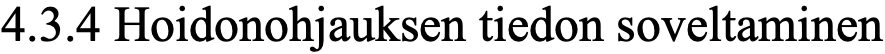
4.3.4 Hoidonohjauksen tiedon soveltaminen